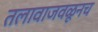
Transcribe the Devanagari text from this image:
तलावाजवळूनच